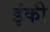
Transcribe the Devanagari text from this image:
इंकी